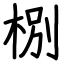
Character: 㭭